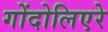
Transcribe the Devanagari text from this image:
गोंदोलिएरे